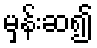
မှန်းဆ၍